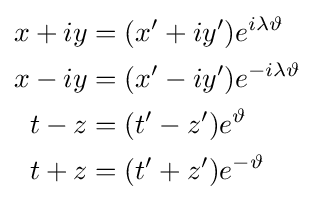
\scriptstyle {\begin{aligned}x+iy&=(x'+iy')e^{i\lambda \vartheta }\\x-iy&=(x'-iy')e^{-i\lambda \vartheta }\\t-z&=(t'-z')e^{\vartheta }\\t+z&=(t'+z')e^{-\vartheta }\end{aligned}}